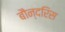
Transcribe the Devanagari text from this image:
बौन्दरिस